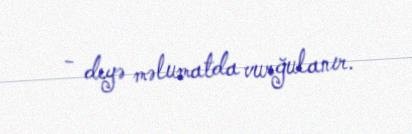
- deyə məlumatda vurğulanır.